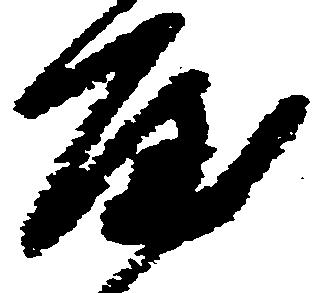
屋